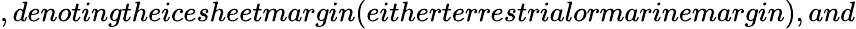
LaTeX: ,denotingtheicesheetmargin(eitherterrestrialormarinemargin),and